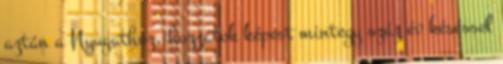
aztán a Nyugathoz, hozzátok képest mintegy száz év késéssel